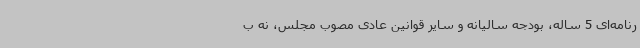
رنامه‌ای 5 ساله، بودجه سالیانه و سایر قوانین عادی مصوب مجلس، نه ب